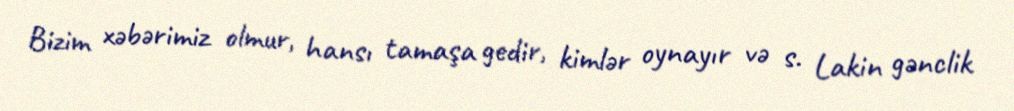
Bizim xəbərimiz olmur, hansı tamaşa gedir, kimlər oynayır və s. Lakin gənclik